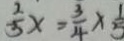
\frac { 2 } { 5 } x = \frac { 3 } { 4 } \times \frac { 1 } { 5 }